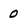
Character: 0